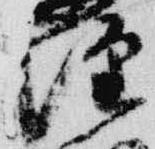
経